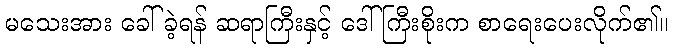
မသေးအား ခေါ်ခဲ့ရန် ဆရာကြီးနှင့် ဒေါ်ကြီးစိုးက စာရေးပေးလိုက်၏။